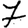
Digit: 7